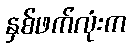
နှစ်ဖက်လုံးက